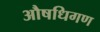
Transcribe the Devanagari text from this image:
औषधिगण